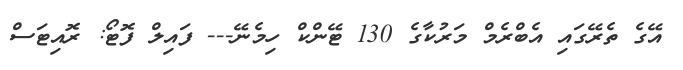
އޭގެ ތެރޭގައި އެބްރެމް މަރުކާގެ 130 ޓޭންކް ހިމެނޭ--- ފައިލް ފޮޓޯ: ރޮއިޓަސް